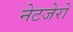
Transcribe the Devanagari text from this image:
नेटजेरो